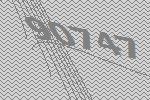
90747